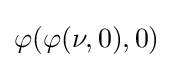
\varphi (\varphi (\nu ,0),0)